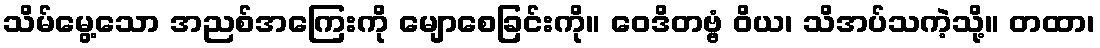
သိမ်မွေ့သော အညစ်အကြေးကို မျောစေခြင်းကို။ ဝေဒိတဗ္ဗံ ဝိယ၊ သိအပ်သကဲ့သို့။ တထာ၊